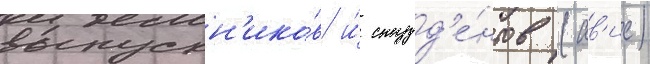
выпускн'ико́в и́ студ'е́нтов (ав'ис)